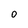
Character: O